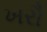
ખરૌ